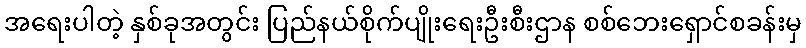
အရေးပါတဲ့ နှစ်ခုအတွင်း ပြည်နယ်စိုက်ပျိုးရေးဦးစီးဌာန စစ်ဘေးရှောင်စခန်းမှ